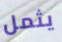
يثمل